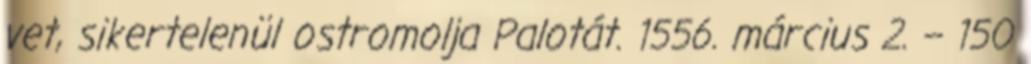
vet, sikertelenül ostromolja Palotát. 1556. március 2. – 150